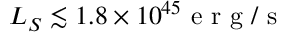
L _ { S } \lesssim 1 . 8 \times 1 0 ^ { 4 5 } \mathrm { ~ e ~ r ~ g ~ } / \mathrm { ~ s ~ }